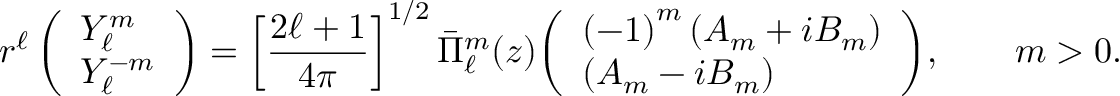
r ^ { \ell } \, { \left( \begin{array} { l } { Y _ { \ell } ^ { m } } \\ { Y _ { \ell } ^ { - m } } \end{array} \right) } = \left[ { \frac { 2 \ell + 1 } { 4 \pi } } \right] ^ { 1 / 2 } { \bar { \Pi } } _ { \ell } ^ { m } ( z ) { \left( \begin{array} { l } { \left( - 1 \right) ^ { m } ( A _ { m } + i B _ { m } ) } \\ { ( A _ { m } - i B _ { m } ) } \end{array} \right) } , \qquad m > 0 .